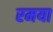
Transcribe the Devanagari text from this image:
रमया